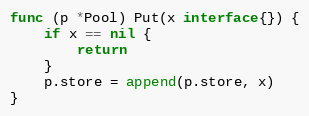
Language: Go
func (p *Pool) Put(x interface{}) {
	if x == nil {
		return
	}
	p.store = append(p.store, x)
}